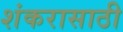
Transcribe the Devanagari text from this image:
शंकरासाठी